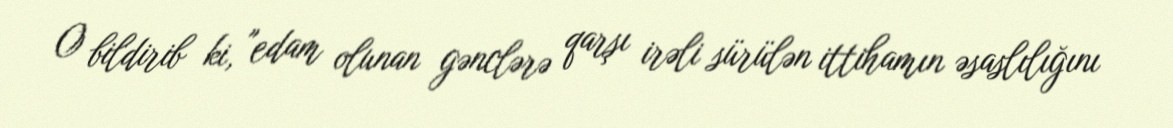
O bildirib ki, "edam olunan gənclərə qarşı irəli sürülən ittihamın əsaslılığını